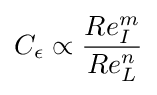
C_{\epsilon }\propto {\frac {Re_{I}^{m}}{Re_{L}^{n}}}